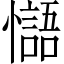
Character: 𢣸